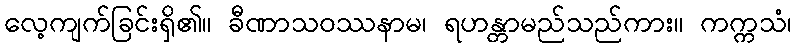
လေ့ကျက်ခြင်းရှိ၏။ ခီဏာသဝဿနာမ၊ ရဟန္တာမည်သည်ကား။ ကက္ကသံ၊